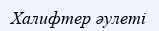
Халифтер әулеті